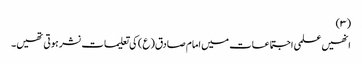
(۳)
انھیں علمی اجتماعات میں امام صادق(ع) کی تعلیمات نشر ہوتی تھیں۔